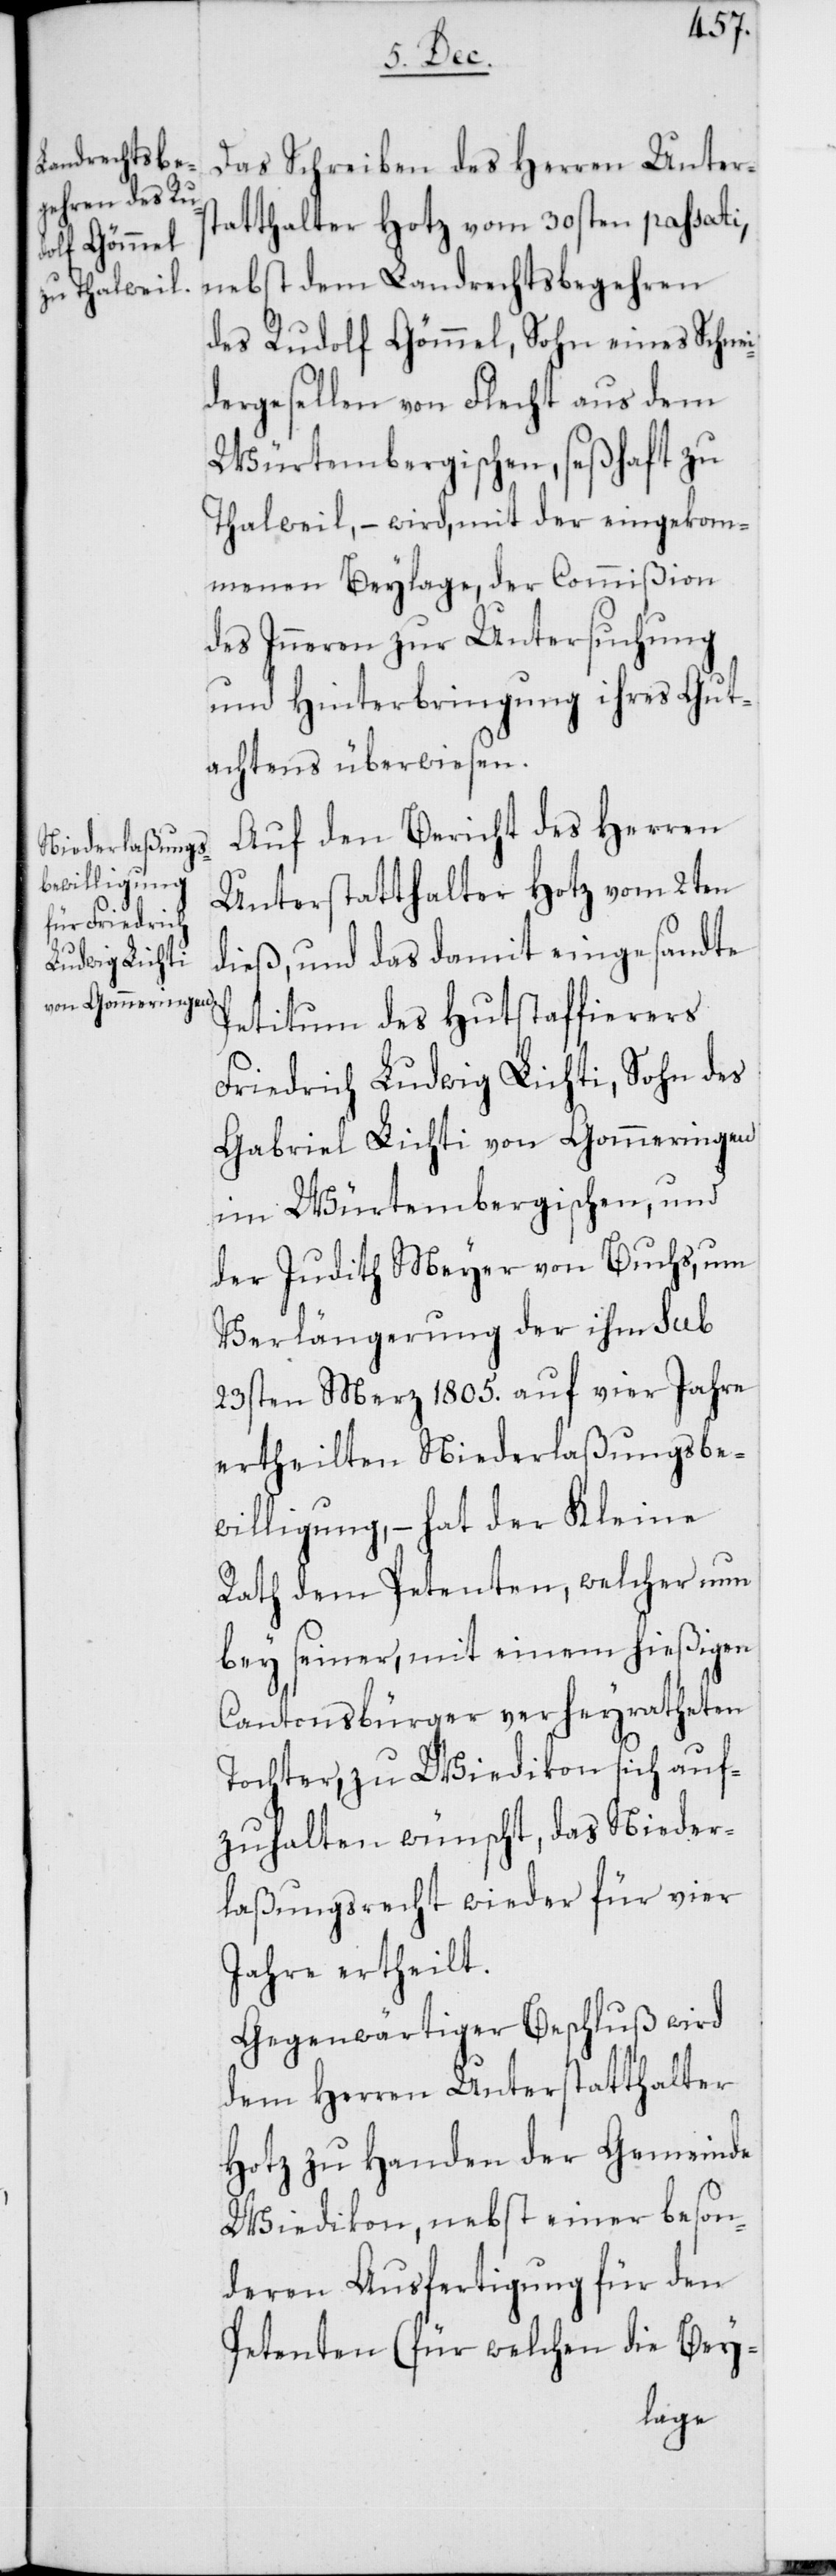
Das Schreiben des Herren Unters¬
tatthalter Hotz vom 30sten passati,
nebst dem Landrechtsbegehren
des Rudolf Gömmel, Sohn eines Schnei¬
dergesellen von Flecht aus dem
Würtembergischen, seßhaft zu
Thalweil, – wird, mit der eingekom¬
menen Beylage, der Commißion
des Inneren zur Untersuchung
und Hinterbringung ihres Gut¬
achtens überwiesen.
Auf den Bericht des Herren
Unterstatthalter Hotz vom 2ten
dieß, und das damit eingesandte
Petitum des Hutstaffierers
Friedrich Ludwig Lichti, Sohn des
Gabriel Lichti von Gommeringen
im Würtembergischen, und
der Judith Meyer von Buchs, um
Verlängerung der ihm sub
23sten Merz 1805. auf vier Jahre
ertheilten Niederlaßungsbe¬
willigung, – hat der Kleine
Rath dem Petenten, welcher nun
bey seiner, mit einem hießigen
Cantonsbürger verheyratheten
Tochter, zu Wiedikon sich auf¬
zuhalten wünscht, das Nieder¬
laßungsrecht wieder für vier
Jahre ertheilt.
Gegenwärtiger Beschluß wird
dem Herren Unterstatthalter
Hotz zu Handen der Gemeinde
Wiedikon, nebst einer beson¬
deren Ausfertigung für den
Petenten (für welchen die Bey-